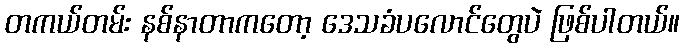
တကယ်တမ်း နစ်နာတာကတော့ ဒေသခံပလောင်တွေပဲ ဖြစ်ပါတယ်။